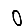
Digit: 0